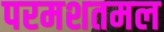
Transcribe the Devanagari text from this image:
परमशतमल